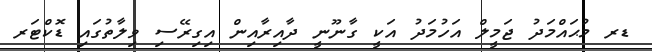
ޑރ މުޙައްމަދު ޖަމީލް އަހުމަދު އަކީ ގާނޫނީ ދާއިރާއިން އިގިރޭސި ވިލާތުގައި ޑޮކްޓަރ